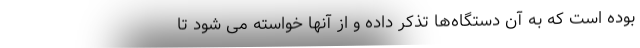
بوده است که به آن دستگاه‌ها تذکر داده و از آنها خواسته می شود تا